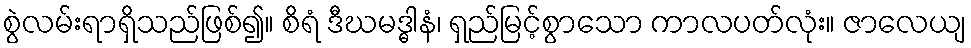
စွဲလမ်းရာရှိသည်ဖြစ်၍။ စိရံ ဒီဃမဒ္ဓါနံ၊ ရှည်မြင့်စွာသော ကာလပတ်လုံး။ ဇာလေယျ